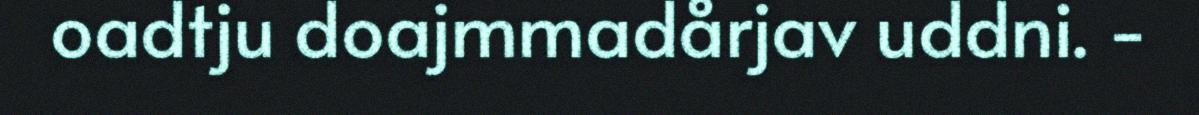
oadtju doajmmadårjav uddni. -